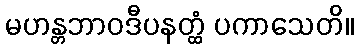
မဟန္တဘာဝဒီပနတ္ထံ ပကာသေတိ။